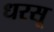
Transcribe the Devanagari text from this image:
धरसू